Newspaper: The Baltimore County union. [volume]
Place of publication: Towsontown, Md.
Publisher: H.C. Longnecker
Date: 1885-09-26 00:00:00
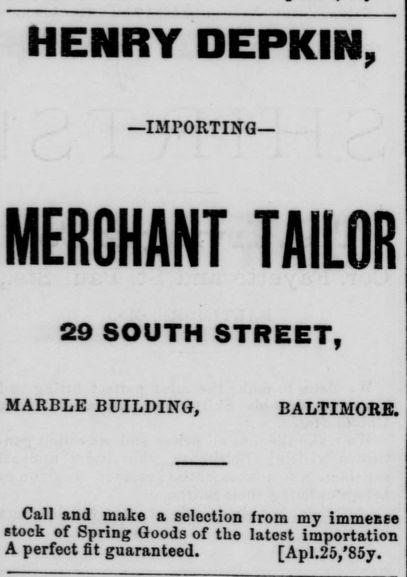
Advertisement text (OCR):
HENRY DEPKIN, —IMPORTING— MERCHANT TAILOR 29 SOUTH STREET, MARBLE BUILDING, BALTIMORE. Call and make a selection from my immense stock of Spring Goods of tho latest importation A perfect fit guaranteed. [Ap1.25,’85y.
Label: text-only